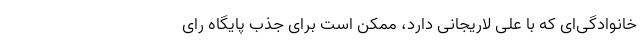
خانوادگی‌ای که با علی لاریجانی دارد، ممکن است برای جذب پایگاه رای